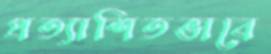
প্রত্যাশিতভাবে